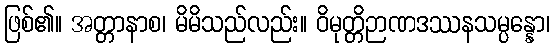
ဖြစ်၏။ အတ္တာနာစ၊ မိမိသည်လည်း။ ဝိမုတ္တိဉာဏဒဿနသမ္ပန္နော၊